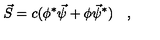
\vec { S } = c ( \phi ^ { * } \vec { \psi } + \phi \vec { \psi } ^ { * } ) \quad ,